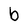
Character: b